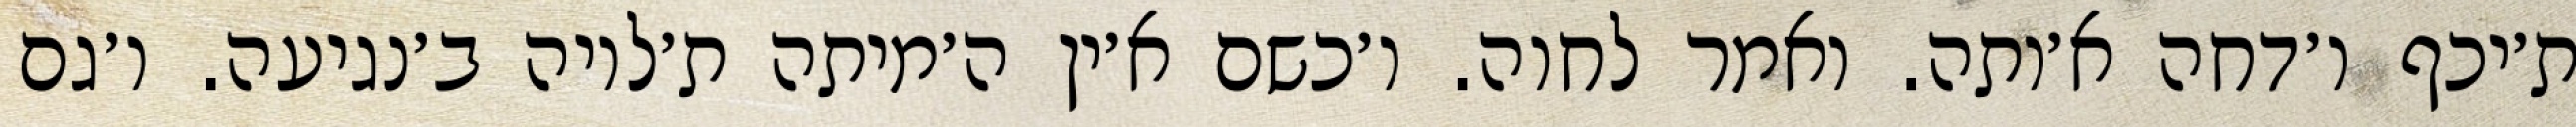
ת׳יכף ו׳דחה א׳ותה. ואמר לחוה. ו׳כשם א׳ין ה׳מיתה ת׳לויה ב׳נגיעה. ו׳גם